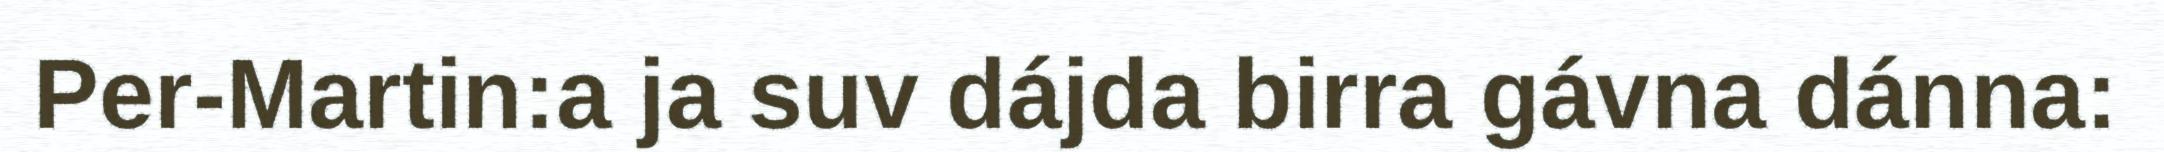
Per-Martin:a ja suv dájda birra gávna dánna: